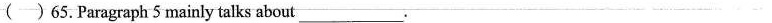
( )65.Paragraph 5 mainly talks about___.